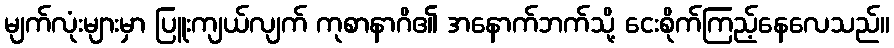
မျက်လုံးများမှာ ပြူးကျယ်လျက် ကုစာနာဂိ၏ အနောက်ဘက်သို့ ငေးစိုက်ကြည့်နေလေသည်။